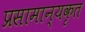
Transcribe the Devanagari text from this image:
प्रसामान्यकृत